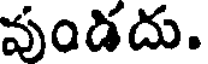
వుండదు.